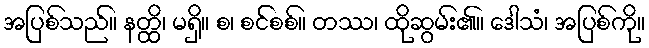
အပြစ်သည်။ နတ္ထိ၊ မရှိ။ စ၊ စင်စစ်။ တဿ၊ ထိုဆွမ်း၏။ ဒေါသံ၊ အပြစ်ကို။